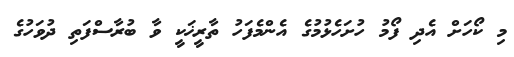
މި ކޯހަށް އެދި ފޯމު ހުށަހެޅުމުގެ އެންމެފަހު ތާރީޚަކީ ވާ ބުރާސްފަތި ދުވަހުގެ